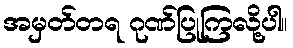
အမှတ်တရ ဂုဏ်ပြုကြလို့ပါ။